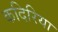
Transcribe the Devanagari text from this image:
कदिरिया